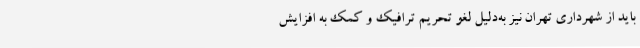
باید از شهرداری تهران نیز به‌دلیل لغو تحریم ترافیک و کمک به افزایش